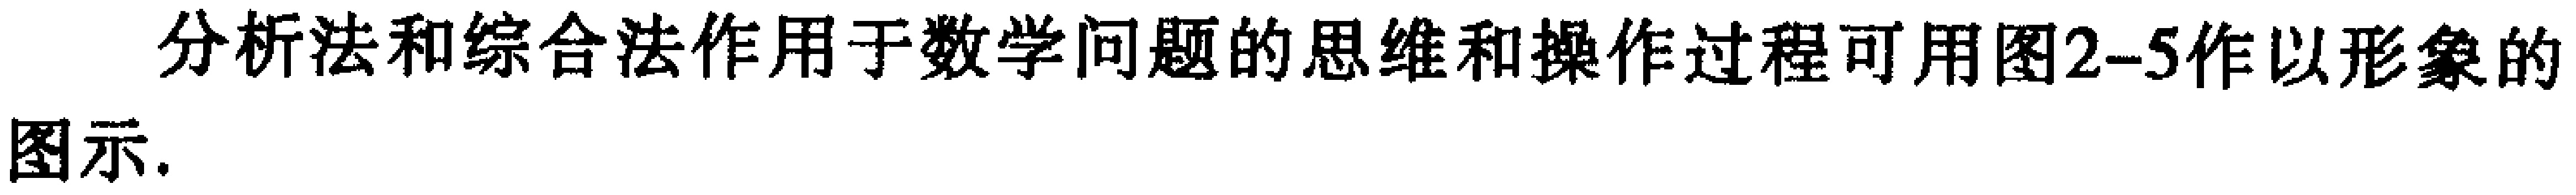
分析法和综合法作用于数学问题的思维和操作过程可用图2-5作以形象的图示.